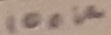
Text: 100K